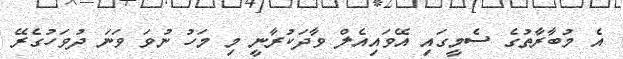
އެ މުބާރާތުގެ ސެމީގައި އޭވައިއެލް ވާދަކުރާނީ މި މަހު ނުވަ ވަނަ ދުވަހުގެރޭ